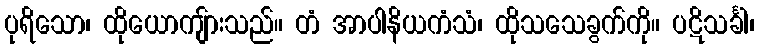
ပုရိသော၊ ထိုယောကျ်ားသည်။ တံ အာပါနိယကံသံ၊ ထိုသသေခွက်ကို။ ပဋိသင်္ခါ၊